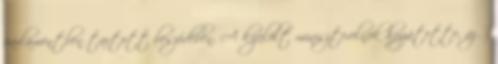
parlamentben tartott beszédében. A kijelölt miniszterelnök hozzátette, az ő